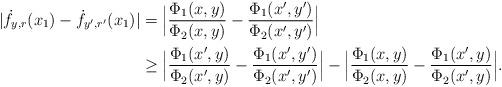
LaTeX: \begin{align*}|\dot f_{y,r}(x_1)-\dot f_{y',r'}(x_1)|& = \Big|\frac{\Phi_1(x,y)}{\Phi_2(x,y)}-\frac{\Phi_1(x',y')}{\Phi_2(x',y')}\Big|\\&\geq \Big|\frac{\Phi_1(x',y)}{\Phi_2(x',y)}-\frac{\Phi_1(x',y')}{\Phi_2(x',y')}\Big|-\Big|\frac{\Phi_1(x,y)}{\Phi_2(x,y)}-\frac{\Phi_1(x',y)}{\Phi_2(x',y)}\Big|.\end{align*}